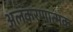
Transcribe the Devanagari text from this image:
अलंकरणात्मक